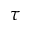
\tau